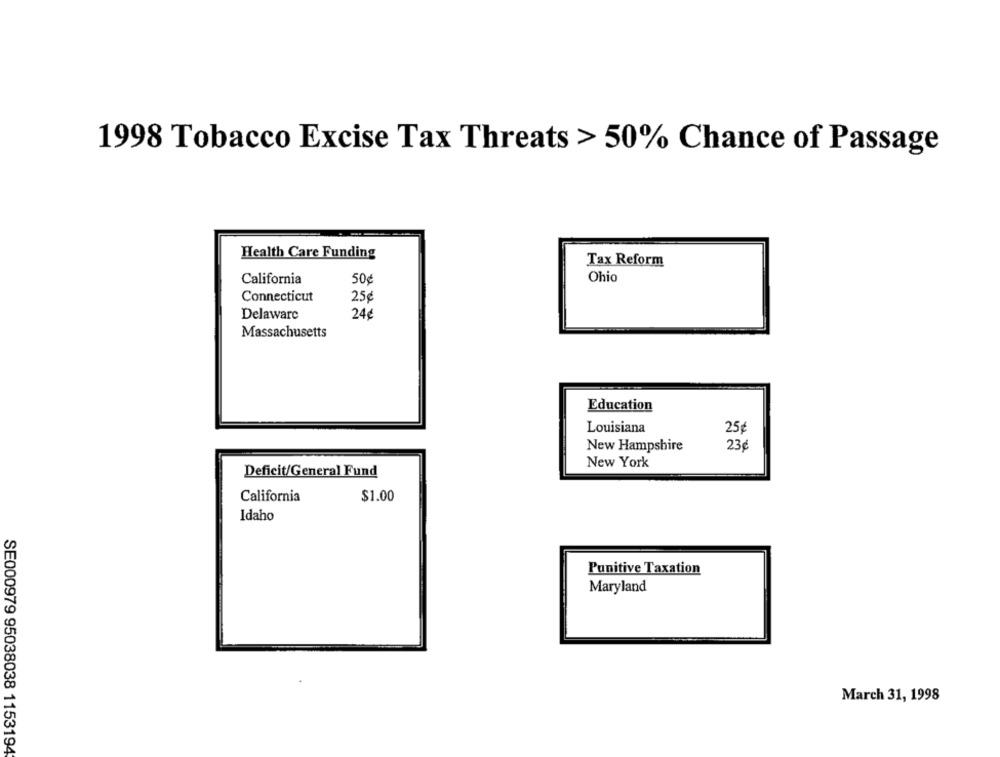
1998 Tobacco Excise Tax Threats > 50% Chance of Passage
Health Care Funding
Tax Reform
California
50¢
Ohio
Connecticut
25€
Delaware
24¢
Massachusetts
Education
Louisiana
25¢
New Hampshire
23
New York
Deficit/General Fund
California
$1.00
Idaho
Punitive Taxation
Maryland
March 31, 1998
SE000979 95038038 1153194